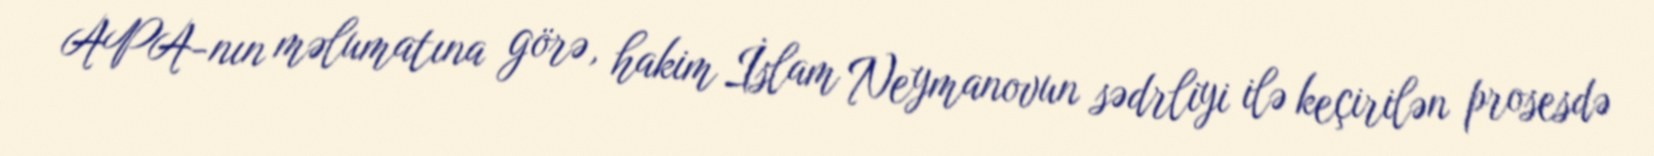
APA-nın məlumatına görə, hakim İslam Neymanovun sədrliyi ilə keçirilən prosesdə